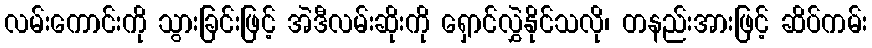
လမ်းကောင်းကို သွားခြင်းဖြင့် အဲဒီလမ်းဆိုးကို ရှောင်လွှဲနိုင်သလို၊ တနည်းအားဖြင့် ဆိပ်ကမ်း